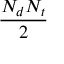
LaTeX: \frac { N _ { d } N _ { t } } { 2 }